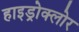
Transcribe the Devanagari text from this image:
हाइड्रोक्लोर